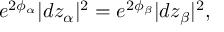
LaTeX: e ^ { 2 \phi _ { \alpha } } | d z _ { \alpha } | ^ { 2 } = e ^ { 2 \phi _ { \beta } } | d z _ { \beta } | ^ { 2 } ,